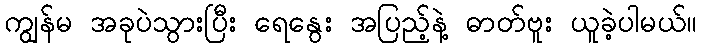
ကျွန်မ အခုပဲသွားပြီး ရေနွေး အပြည့်နဲ့ ဓာတ်ဗူး ယူခဲ့ပါမယ်။